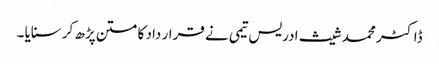
ڈاکٹر محمد شیث ادریس تیمی نے قرار داد کا متن پڑھ کر سنایا ۔